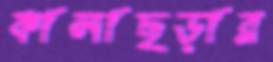
কালাছড়ার